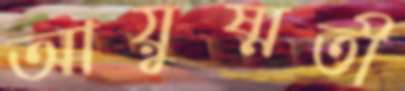
আয়ুষ্মতী